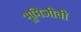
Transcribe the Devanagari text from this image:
भूमिजीवी